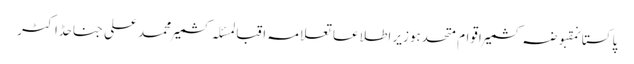
پاکستانمقبوضہ کشمیراقوام متحدہوزیر اطلاعاتعلامہ اقبالمسئلہ کشمیرمحمد علی جناحڈاکٹر